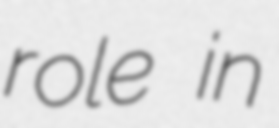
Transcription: role in